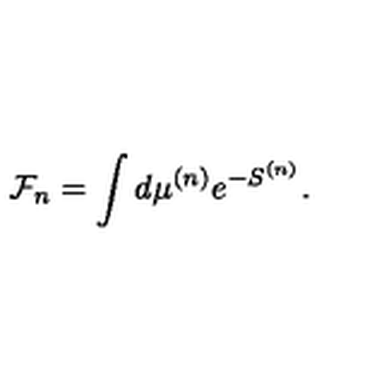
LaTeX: { \cal F } _ { n } = \int d \mu ^ { ( n ) } e ^ { - S ^ { ( n ) } } .